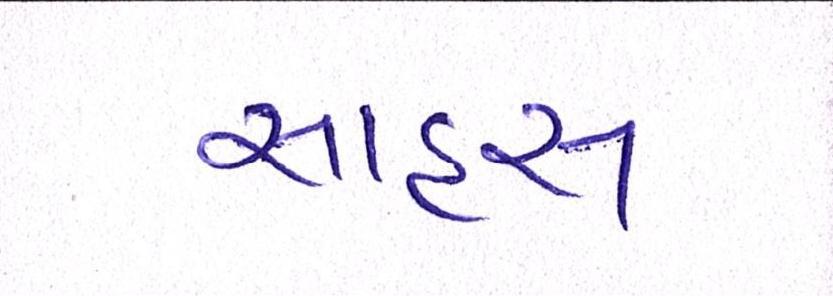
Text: સાહસ